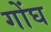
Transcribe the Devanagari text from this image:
गोंघ